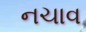
નચાવ